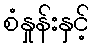
စံနှုန်းနှင့်